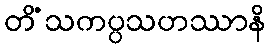
တိံသကပ္ပသဟဿာနိ